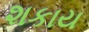
શકાય